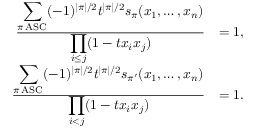
\begin{array} { r l } { \frac { \displaystyle \sum _ { \pi \operatorname { A S C } } ( - 1 ) ^ { | \pi | / 2 } t ^ { | \pi | / 2 } s _ { \pi } ( x _ { 1 } , \ldots , x _ { n } ) } { \displaystyle \prod _ { i \leq j } ( 1 - t x _ { i } x _ { j } ) } } & { = 1 , } \\ { \frac { \displaystyle \sum _ { \pi \operatorname { A S C } } ( - 1 ) ^ { | \pi | / 2 } t ^ { | \pi | / 2 } s _ { \pi ^ { \prime } } ( x _ { 1 } , \ldots , x _ { n } ) } { \displaystyle \prod _ { i < j } ( 1 - t x _ { i } x _ { j } ) } } & { = 1 . } \end{array}